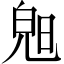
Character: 𣇙